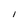
Character: I